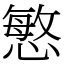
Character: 慜